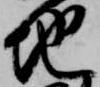
地